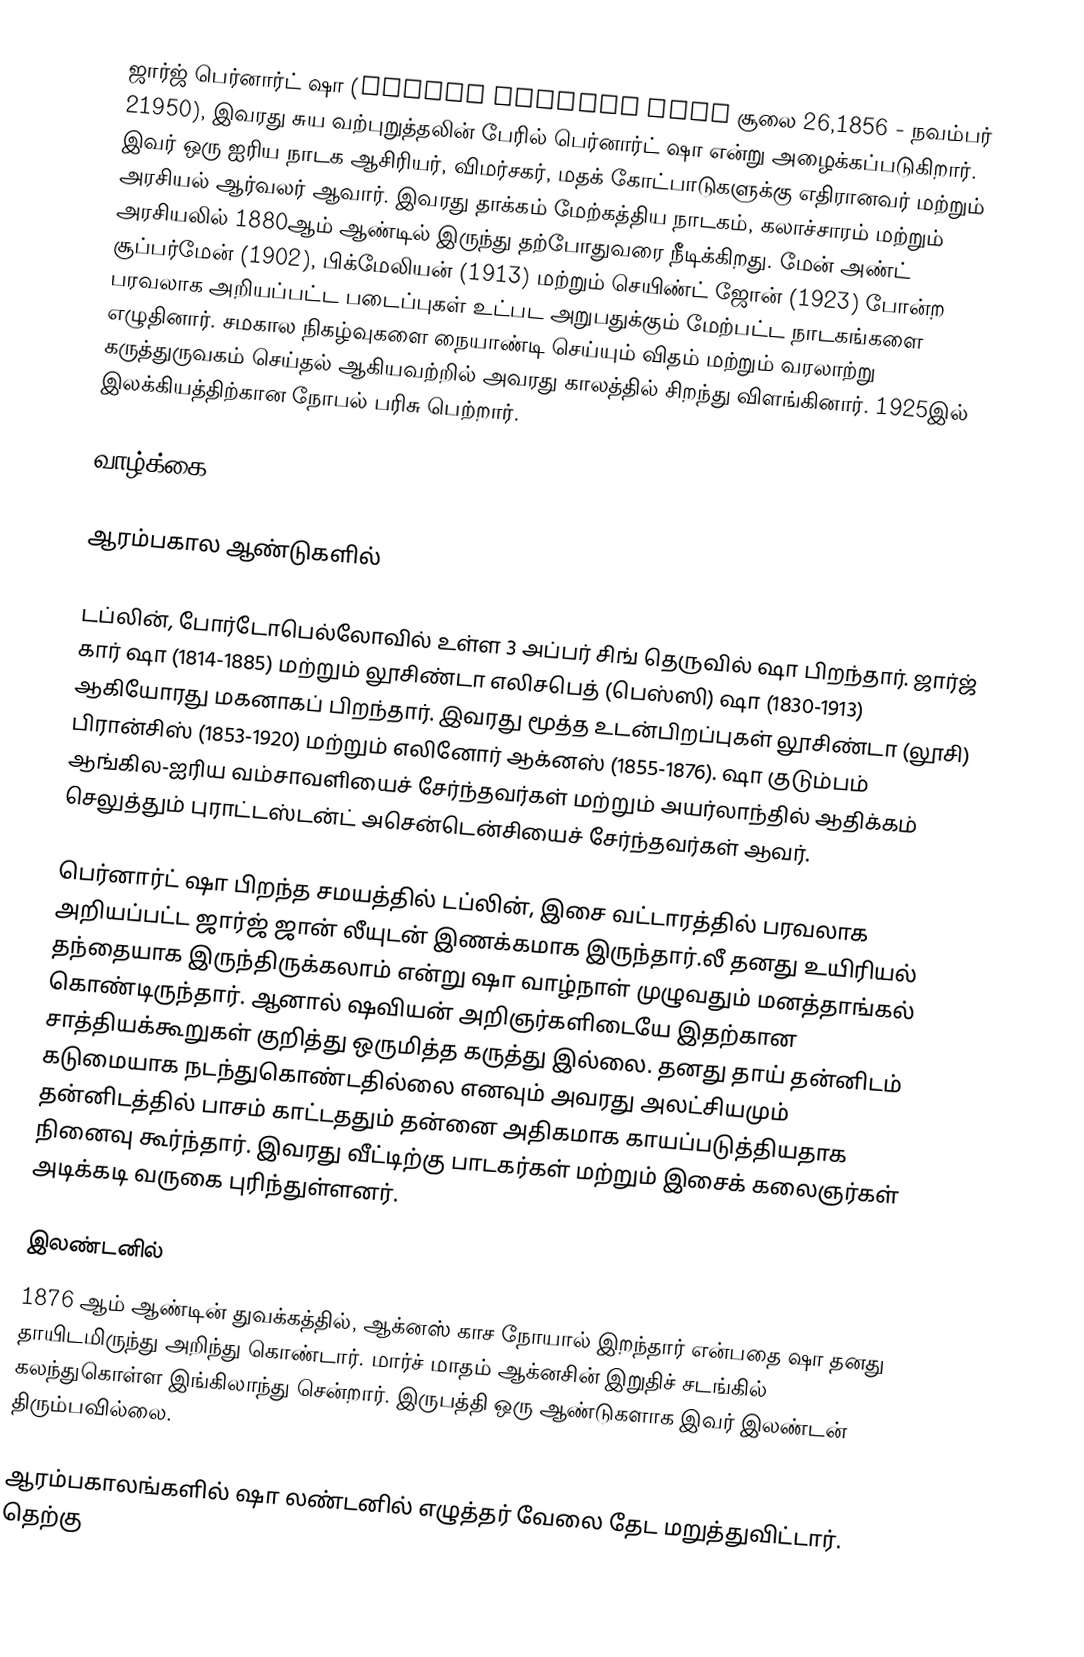
ஜார்ஜ் பெர்னார்ட் ஷா (George Bernard Shaw சூலை  26,1856 - நவம்பர் 21950), இவரது சுய வற்புறுத்தலின் பேரில் பெர்னார்ட் ஷா என்று அழைக்கப்படுகிறார். இவர் ஒரு ஐரிய நாடக ஆசிரியர், விமர்சகர், மதக் கோட்பாடுகளுக்கு எதிரானவர் மற்றும் அரசியல் ஆர்வலர் ஆவார். இவரது தாக்கம் மேற்கத்திய நாடகம், கலாச்சாரம் மற்றும் அரசியலில் 1880ஆம் ஆண்டில் இருந்து தற்போதுவரை நீடிக்கிறது. மேன் அண்ட் சூப்பர்மேன் (1902), பிக்மேலியன் (1913) மற்றும் செயிண்ட் ஜோன் (1923) போன்ற பரவலாக அறியப்பட்ட படைப்புகள் உட்பட அறுபதுக்கும் மேற்பட்ட நாடகங்களை எழுதினார். சமகால நிகழ்வுகளை நையாண்டி செய்யும் விதம் மற்றும் வரலாற்று கருத்துருவகம் செய்தல் ஆகியவற்றில் அவரது காலத்தில் சிறந்து விளங்கினார். 1925இல் இலக்கியத்திற்கான நோபல் பரிசு பெற்றார்.

வாழ்க்கை

ஆரம்பகால ஆண்டுகளில்

டப்லின், போர்டோபெல்லோவில் உள்ள 3 அப்பர் சிங் தெருவில் ஷா பிறந்தார்.   ஜார்ஜ் கார் ஷா (1814-1885) மற்றும் லூசிண்டா எலிசபெத் (பெஸ்ஸி) ஷா (1830-1913) ஆகியோரது மகனாகப் பிறந்தார். இவரது மூத்த உடன்பிறப்புகள் லூசிண்டா (லூசி) பிரான்சிஸ் (1853-1920) மற்றும் எலினோர் ஆக்னஸ் (1855-1876). ஷா குடும்பம் ஆங்கில-ஐரிய வம்சாவளியைச் சேர்ந்தவர்கள் மற்றும் அயர்லாந்தில் ஆதிக்கம் செலுத்தும் புராட்டஸ்டன்ட் அசென்டென்சியைச் சேர்ந்தவர்கள் ஆவர்.

பெர்னார்ட் ஷா பிறந்த சமயத்தில் டப்லின், இசை வட்டாரத்தில் பரவலாக அறியப்பட்ட ஜார்ஜ் ஜான் லீயுடன் இணக்கமாக இருந்தார்.லீ தனது உயிரியல் தந்தையாக இருந்திருக்கலாம் என்று ஷா வாழ்நாள் முழுவதும் மனத்தாங்கல் கொண்டிருந்தார். ஆனால் ஷவியன் அறிஞர்களிடையே இதற்கான சாத்தியக்கூறுகள் குறித்து ஒருமித்த கருத்து இல்லை.     தனது தாய் தன்னிடம் கடுமையாக நடந்துகொண்டதில்லை எனவும் அவரது அலட்சியமும் தன்னிடத்தில் பாசம் காட்டததும் தன்னை அதிகமாக காயப்படுத்தியதாக நினைவு கூர்ந்தார். இவரது வீட்டிற்கு பாடகர்கள் மற்றும் இசைக் கலைஞர்கள் அடிக்கடி வருகை புரிந்துள்ளனர்.

இலண்டனில்
1876 ஆம் ஆண்டின் துவக்கத்தில், ஆக்னஸ் காச நோயால் இறந்தார் என்பதை ஷா தனது தாயிடமிருந்து அறிந்து கொண்டார்.  மார்ச் மாதம் ஆக்னசின் இறுதிச் சடங்கில் கலந்துகொள்ள இங்கிலாந்து சென்றார். இருபத்தி ஒரு ஆண்டுகளாக இவர் இலண்டன் திரும்பவில்லை.

ஆரம்பகாலங்களில் ஷா லண்டனில் எழுத்தர் வேலை தேட மறுத்துவிட்டார். தெற்கு